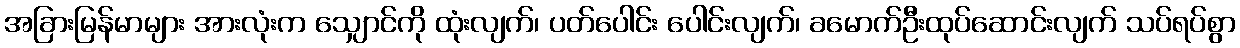
အခြားမြန်မာများ အားလုံးက သျှောင်ကို ထုံးလျက်၊ ပတ်ပေါင်း ပေါင်းလျက်၊ ခမောက်ဦးထုပ်ဆောင်းလျက် သပ်ရပ်စွာ